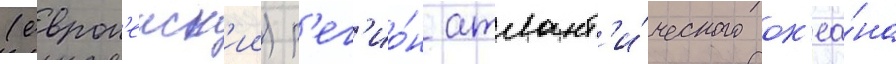
(европ'еиск'ии) р'ег'ио́н атлант'и́ческого ок'еа́на